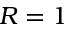
R = 1